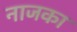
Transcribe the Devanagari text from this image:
नाजका